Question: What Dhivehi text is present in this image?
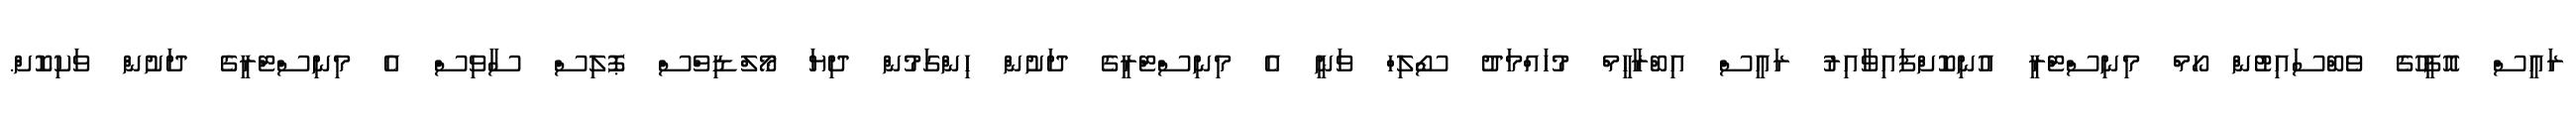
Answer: ރައީސް އޮފީހުގެ ވެބްސައިޓުން ހޯމް މިނިސްޓްރީ އުނިކޮށްފައިވާއިރު ރައީސް އިބްރާހީމް މުހައްމަދު ސޯލިހް ވަނީ އެ މިނިސްޓްރީގެ ދަށުން ހިންގަމުން ދިޔަ މޯލްޑިވްސް ޕޮލިސް ސާވިސް އެ މިނިސްޓްރީގެ ދަށުން ވަކިކޮށް.